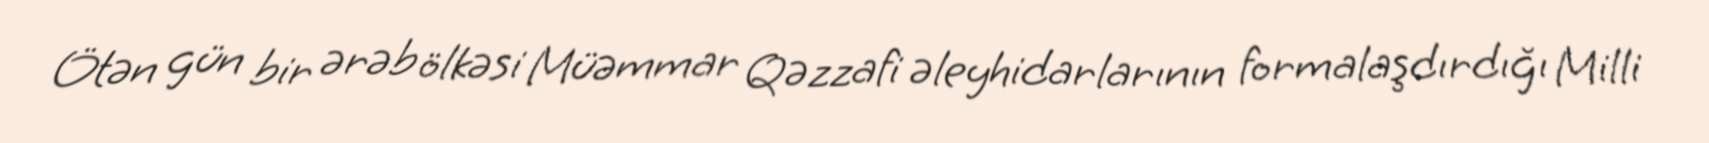
Ötən gün bir ərəb ölkəsi Müəmmar Qəzzafi əleyhidarlarının formalaşdırdığı Milli